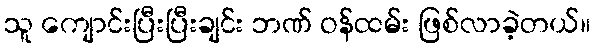
သူ ကျောင်းပြီးပြီးချင်း ဘဏ် ဝန်ထမ်း ဖြစ်လာခဲ့တယ်။